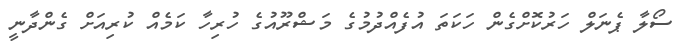
ސޯލާ ޕެނަލް ހަރުކޮށްގެން ހަކަތަ އުފެއްދުމުގެ މަޝްރޫއުގެ ހުރިހާ ކަމެއް ކުރިއަށް ގެންދާނީ